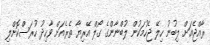
ރާއްޖެއަށް ލިބުނު ހިލޭ ޖެހުމަކުން ލުބްނާންގެ ގޯލް އޭރިޔާ ތެރެއަށް ވާހިދު ހުރަސްކޮށްލި